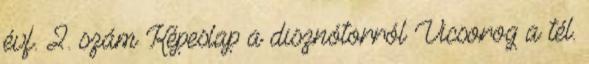
évf. 2. szám Képeslap a disznótorról Vicsorog a tél.